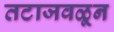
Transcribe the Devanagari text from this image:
तटाजवळून